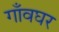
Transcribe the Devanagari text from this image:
गाँवघर